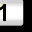
Digit: 1